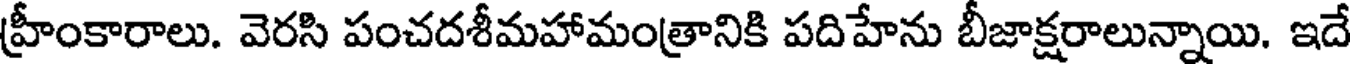
హ్రీంకారాలు. వెరసి పంచదశీమహామంత్రానికి పదిహేను బీజాక్షరాలున్నాయి. ఇదే